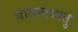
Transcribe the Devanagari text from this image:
धातादधातु